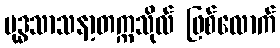
ဗုဒ္ဓသာသနာ့တက္ကသိုလ် ဖြစ်လောက်